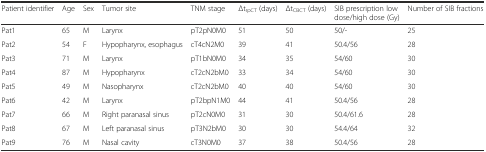
<table><thead><tr><td><b>Patient identifier</b></td><td><b>Age</b></td><td><b>Sex</b></td><td><b>Tumor site</b></td><td><b>TNM stage</b></td><td><b>Δt<sub>rpCT</sub> (days)</b></td><td><b>Δt<sub>CBCT</sub> (days)</b></td><td><b>SIB prescription low dose/high dose (Gy)</b></td><td><b>Number of SIB fractions</b></td></tr></thead><tbody><tr><td>Pat1</td><td>65</td><td>M</td><td>Larynx</td><td>pT2pN0M0</td><td>51</td><td>50</td><td>50/-</td><td>25</td></tr><tr><td>Pat2</td><td>54</td><td>F</td><td>Hypopharynx, esophagus</td><td>cT4cN2M0</td><td>39</td><td>41</td><td>50.4/56</td><td>28</td></tr><tr><td>Pat3</td><td>71</td><td>M</td><td>Larynx</td><td>pT1bN0M0</td><td>34</td><td>35</td><td>54/60</td><td>30</td></tr><tr><td>Pat4</td><td>87</td><td>M</td><td>Hypopharynx</td><td>cT2cN2bM0</td><td>33</td><td>34</td><td>54/60</td><td>30</td></tr><tr><td>Pat5</td><td>49</td><td>M</td><td>Nasopharynx</td><td>cT2cN2bM0</td><td>40</td><td>40</td><td>54/60</td><td>30</td></tr><tr><td>Pat6</td><td>42</td><td>M</td><td>Larynx</td><td>pT2bpN1M0</td><td>44</td><td>41</td><td>50.4/56</td><td>28</td></tr><tr><td>Pat7</td><td>66</td><td>M</td><td>Right paranasal sinus</td><td>pT2cN0M0</td><td>31</td><td>30</td><td>50.4/61.6</td><td>28</td></tr><tr><td>Pat8</td><td>67</td><td>M</td><td>Left paranasal sinus</td><td>pT3N2bM0</td><td>30</td><td>30</td><td>54.4/64</td><td>32</td></tr><tr><td>Pat9</td><td>76</td><td>M</td><td>Nasal cavity</td><td>cT3N0M0</td><td>37</td><td>38</td><td>50.4/56</td><td>28</td></tr></tbody></table>